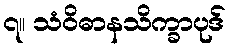
၇။ သံဝိဓာနသိက္ခာပုဒ်